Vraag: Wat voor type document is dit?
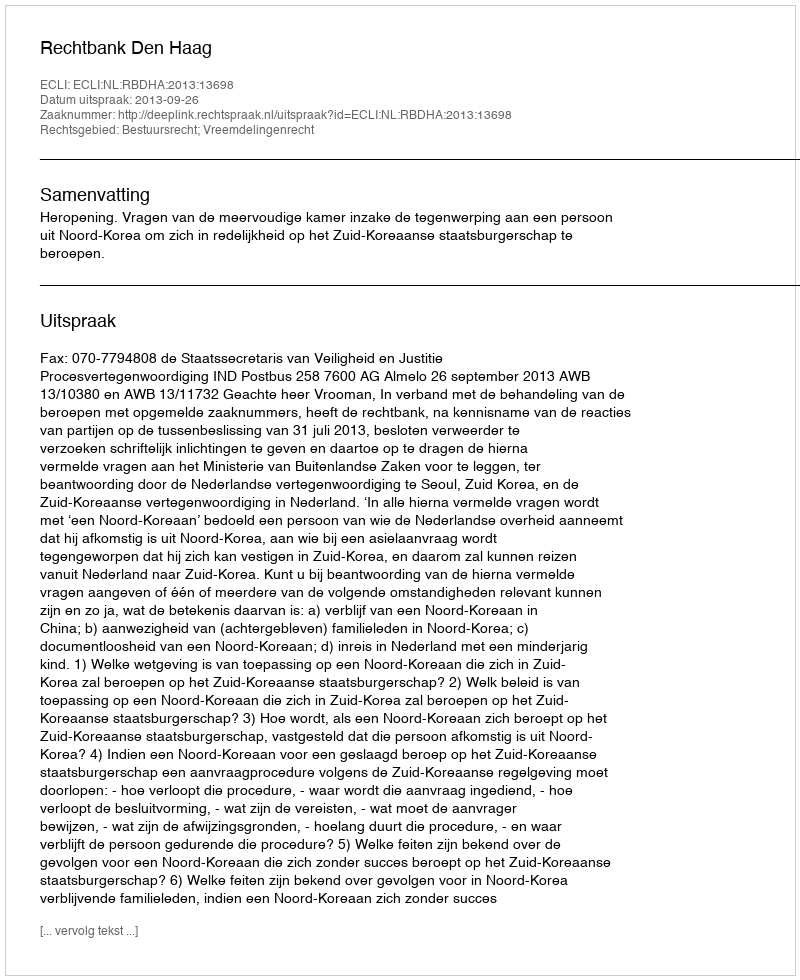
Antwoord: Uitspraak